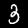
Digit: 3